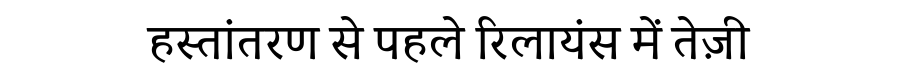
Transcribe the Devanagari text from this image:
हस्तांतरण से पहले रिलायंस में तेज़ी